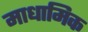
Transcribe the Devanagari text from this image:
माधामिक